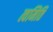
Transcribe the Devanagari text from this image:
त्वमिति